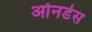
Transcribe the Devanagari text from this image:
ओनडेस